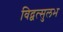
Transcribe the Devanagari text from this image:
विद्वत्सुलभ